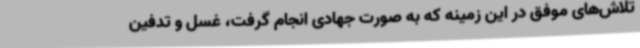
تلاش‌های موفق در این زمینه که به صورت جهادی انجام گرفت، غسل و تدفین